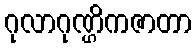
ဂုလာဂုဏ္ဌိကဇာတာ